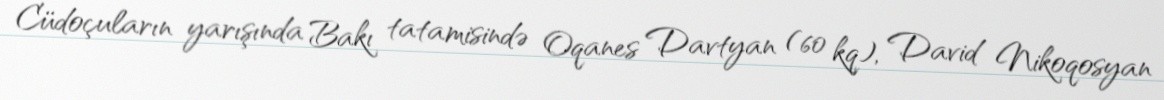
Cüdoçuların yarışında Bakı tatamisində Oqanes Davtyan (60 kq), David Nikoqosyan